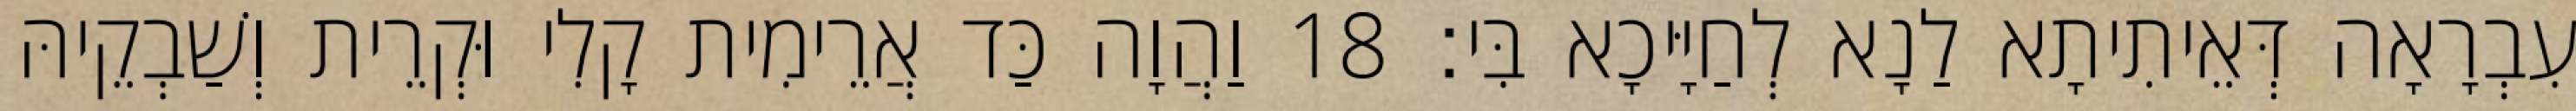
עִבְרָאָה דְּאֵיתִיתָא לַנָא לְחַיָּיכָא בִּי׃ 18 וַהֲוָה כַּד אֲרֵימִית קָלִי וּקְרֵית וְשַׁבְקֵיהּ